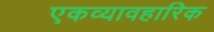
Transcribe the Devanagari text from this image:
एकव्यावहारिक